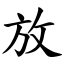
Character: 放